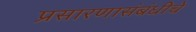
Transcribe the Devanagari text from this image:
प्रसारणासंबंधीचे